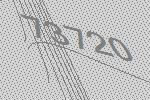
73720